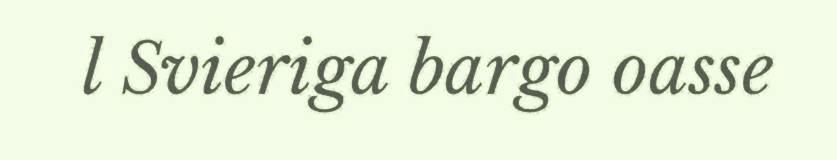
l Svieriga bargo oasse